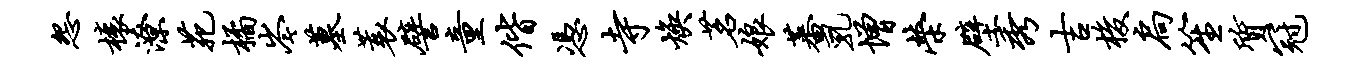
怨榱潦苑橘岑墓蓑譬童偕凭寺焕茗娘蕃乳增荣壁秀吉梭扃笙质冠